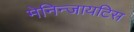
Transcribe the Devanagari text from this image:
मेनिन्जायटिस